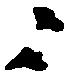
々